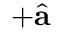
+ \hat { { \mathbf a } }